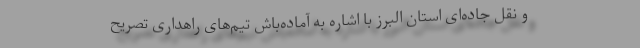
و نقل جاده‌ای استان البرز با اشاره به آماده‌باش تیم‌های راهداری تصریح